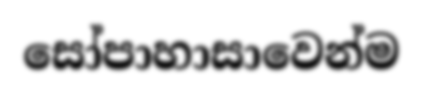
සෝපාහාසාවෙන්ම